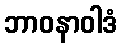
ဘာဝနာဝါဒံ